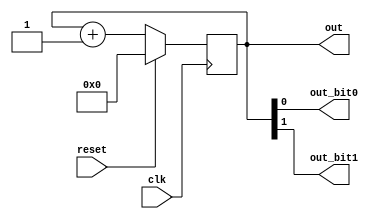
`timescale 1ns / 1ps
//////////////////////////////////////////////////////////////////////////////////
// Company: 
// Engineer: 
// 
// Design Name: 
// Module Name: counter
// Project Name: 
// Target Devices: 
// Tool Versions: 
// Description: 
// 
// Dependencies: 
// 
// Revision:
// Revision 0.01 - File Created
// Additional Comments:
// 
//////////////////////////////////////////////////////////////////////////////////


module counter(
    input reset,
    input clk,
    output reg [29:0] out,
    output out_bit0,
    output out_bit1
    );
    
    always@(posedge clk)begin
        if(reset)
            out <= 0;
        else 
            out <= out + 1;
    end
    
    assign out_bit0 = out[0];
    assign out_bit1 = out[1];
endmodule